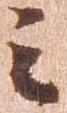
之